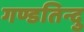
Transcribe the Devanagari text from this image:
गण्डतिन्दु